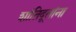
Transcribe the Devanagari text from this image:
शांतिदूतांना